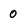
Character: 0